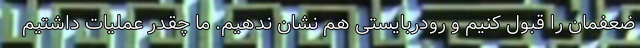
ضعفمان را قبول کنیم و رودربایستی هم نشان ندهیم. ما چقدر عملیات داشتیم